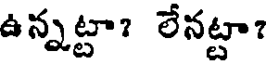
ఉన్నట్టా? లేనట్టా?